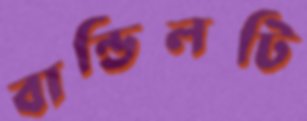
বান্ডিলটি